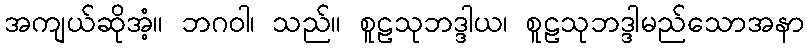
အကျယ်ဆိုအံ့။ ဘဂဝါ၊ သည်။ စူဠသုဘဒ္ဒါယ၊ စူဠသုဘဒ္ဒါမည်သောအနာ